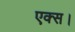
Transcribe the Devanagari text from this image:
एक्स।